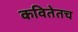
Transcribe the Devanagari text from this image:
कवितेतच